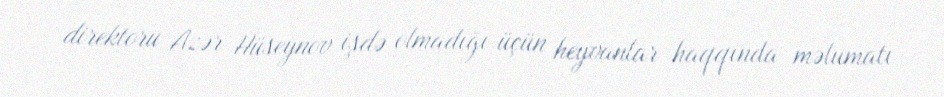
direktoru Azər Hüseynov işdə olmadığı üçün heyvanlar haqqında məlumatı